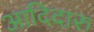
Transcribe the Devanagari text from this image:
आदिदारु